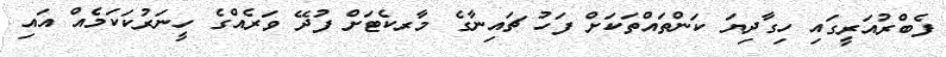
ފެބްރުއަރީގައި ހިގާދިޔަ ކަންތައްތަކަށް ފަހު ޗައިނާގެ މާރކެޓަށް ފުދޭ ވަރެއްގެ ހީނަރުކަކަމެއް އައި